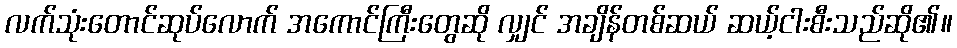
လက်သုံးတောင်ဆုပ်လောက် အကောင်ကြီးတွေဆို လျှင် အချိန်တစ်ဆယ် ဆယ့်ငါးစီးသည်ဆို၏။